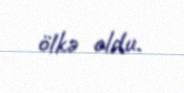
ölkə oldu.